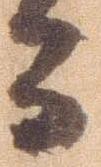
而